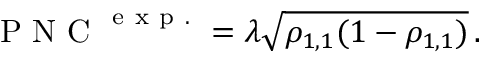
\mathrm { ~ P ~ N ~ C ~ } ^ { \mathrm { ~ e ~ x ~ p ~ . ~ } } = \lambda \sqrt { \rho _ { 1 , 1 } ( 1 - \rho _ { 1 , 1 } ) } \, .